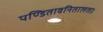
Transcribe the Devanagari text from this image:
पण्डितावनितालताः